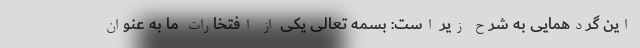
این گردهمایی به شرح زیر است: بسمه تعالی یکی از افتخارات ما به عنوان